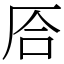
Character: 㕉